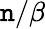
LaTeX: \mathtt{n}/\beta